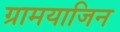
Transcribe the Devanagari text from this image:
ग्रामयाजिन